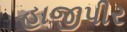
હાજીપીર